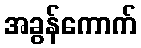
အခွန်ကောက်